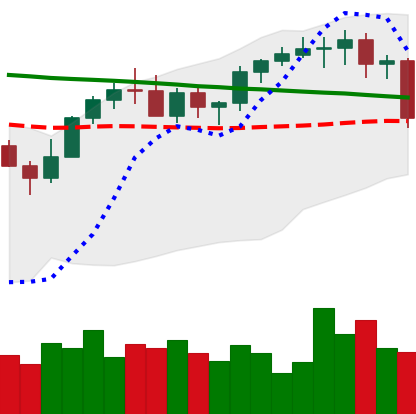
Ticker: XMR-USD
Chart end date: 2022-12-16
Forward return: 3.651%
Label: up_3_5